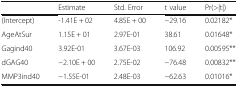
<table><thead><tr><td></td><td><b>Estimate</b></td><td><b>Std. Error</b></td><td><b>t value</b></td><td><b>Pr(&gt;|t|)</b></td></tr></thead><tbody><tr><td>(Intercept)</td><td>-1.41E + 02</td><td>4.85E + 00</td><td>−29.16</td><td>0.02182*</td></tr><tr><td>AgeAtSur</td><td>1.15E + 01</td><td>2.97E-01</td><td>38.61</td><td>0.01648*</td></tr><tr><td>Gagind40</td><td>3.92E-01</td><td>3.67E-03</td><td>106.92</td><td>0.00595**</td></tr><tr><td>dGAG40</td><td>−2.10E + 00</td><td>2.75E-02</td><td>−76.48</td><td>0.00832**</td></tr><tr><td>MMP3ind40</td><td>−1.55E-01</td><td>2.48E-03</td><td>−62.63</td><td>0.01016*</td></tr></tbody></table>